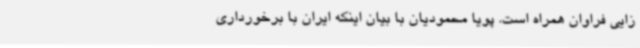
زایی فراوان همراه است. پویا محمودیان با بیان اینکه ایران با برخورداری